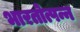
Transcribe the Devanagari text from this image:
भारतोत्पन्न